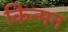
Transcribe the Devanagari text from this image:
किन्मन